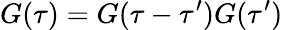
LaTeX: G(\tau)=G(\tau-\tau^{\prime})G(\tau^{\prime})